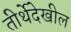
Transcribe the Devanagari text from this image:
तीर्थेदेखील